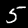
Digit: 5